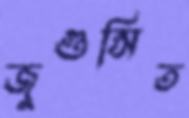
জুগুপ্সিত